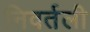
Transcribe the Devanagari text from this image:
निवर्तली